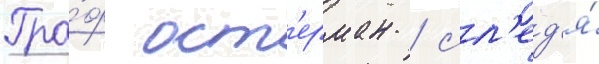
Гра́ф ост'ерман / сл'ед'я́